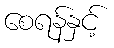
စေရန်နှင့်